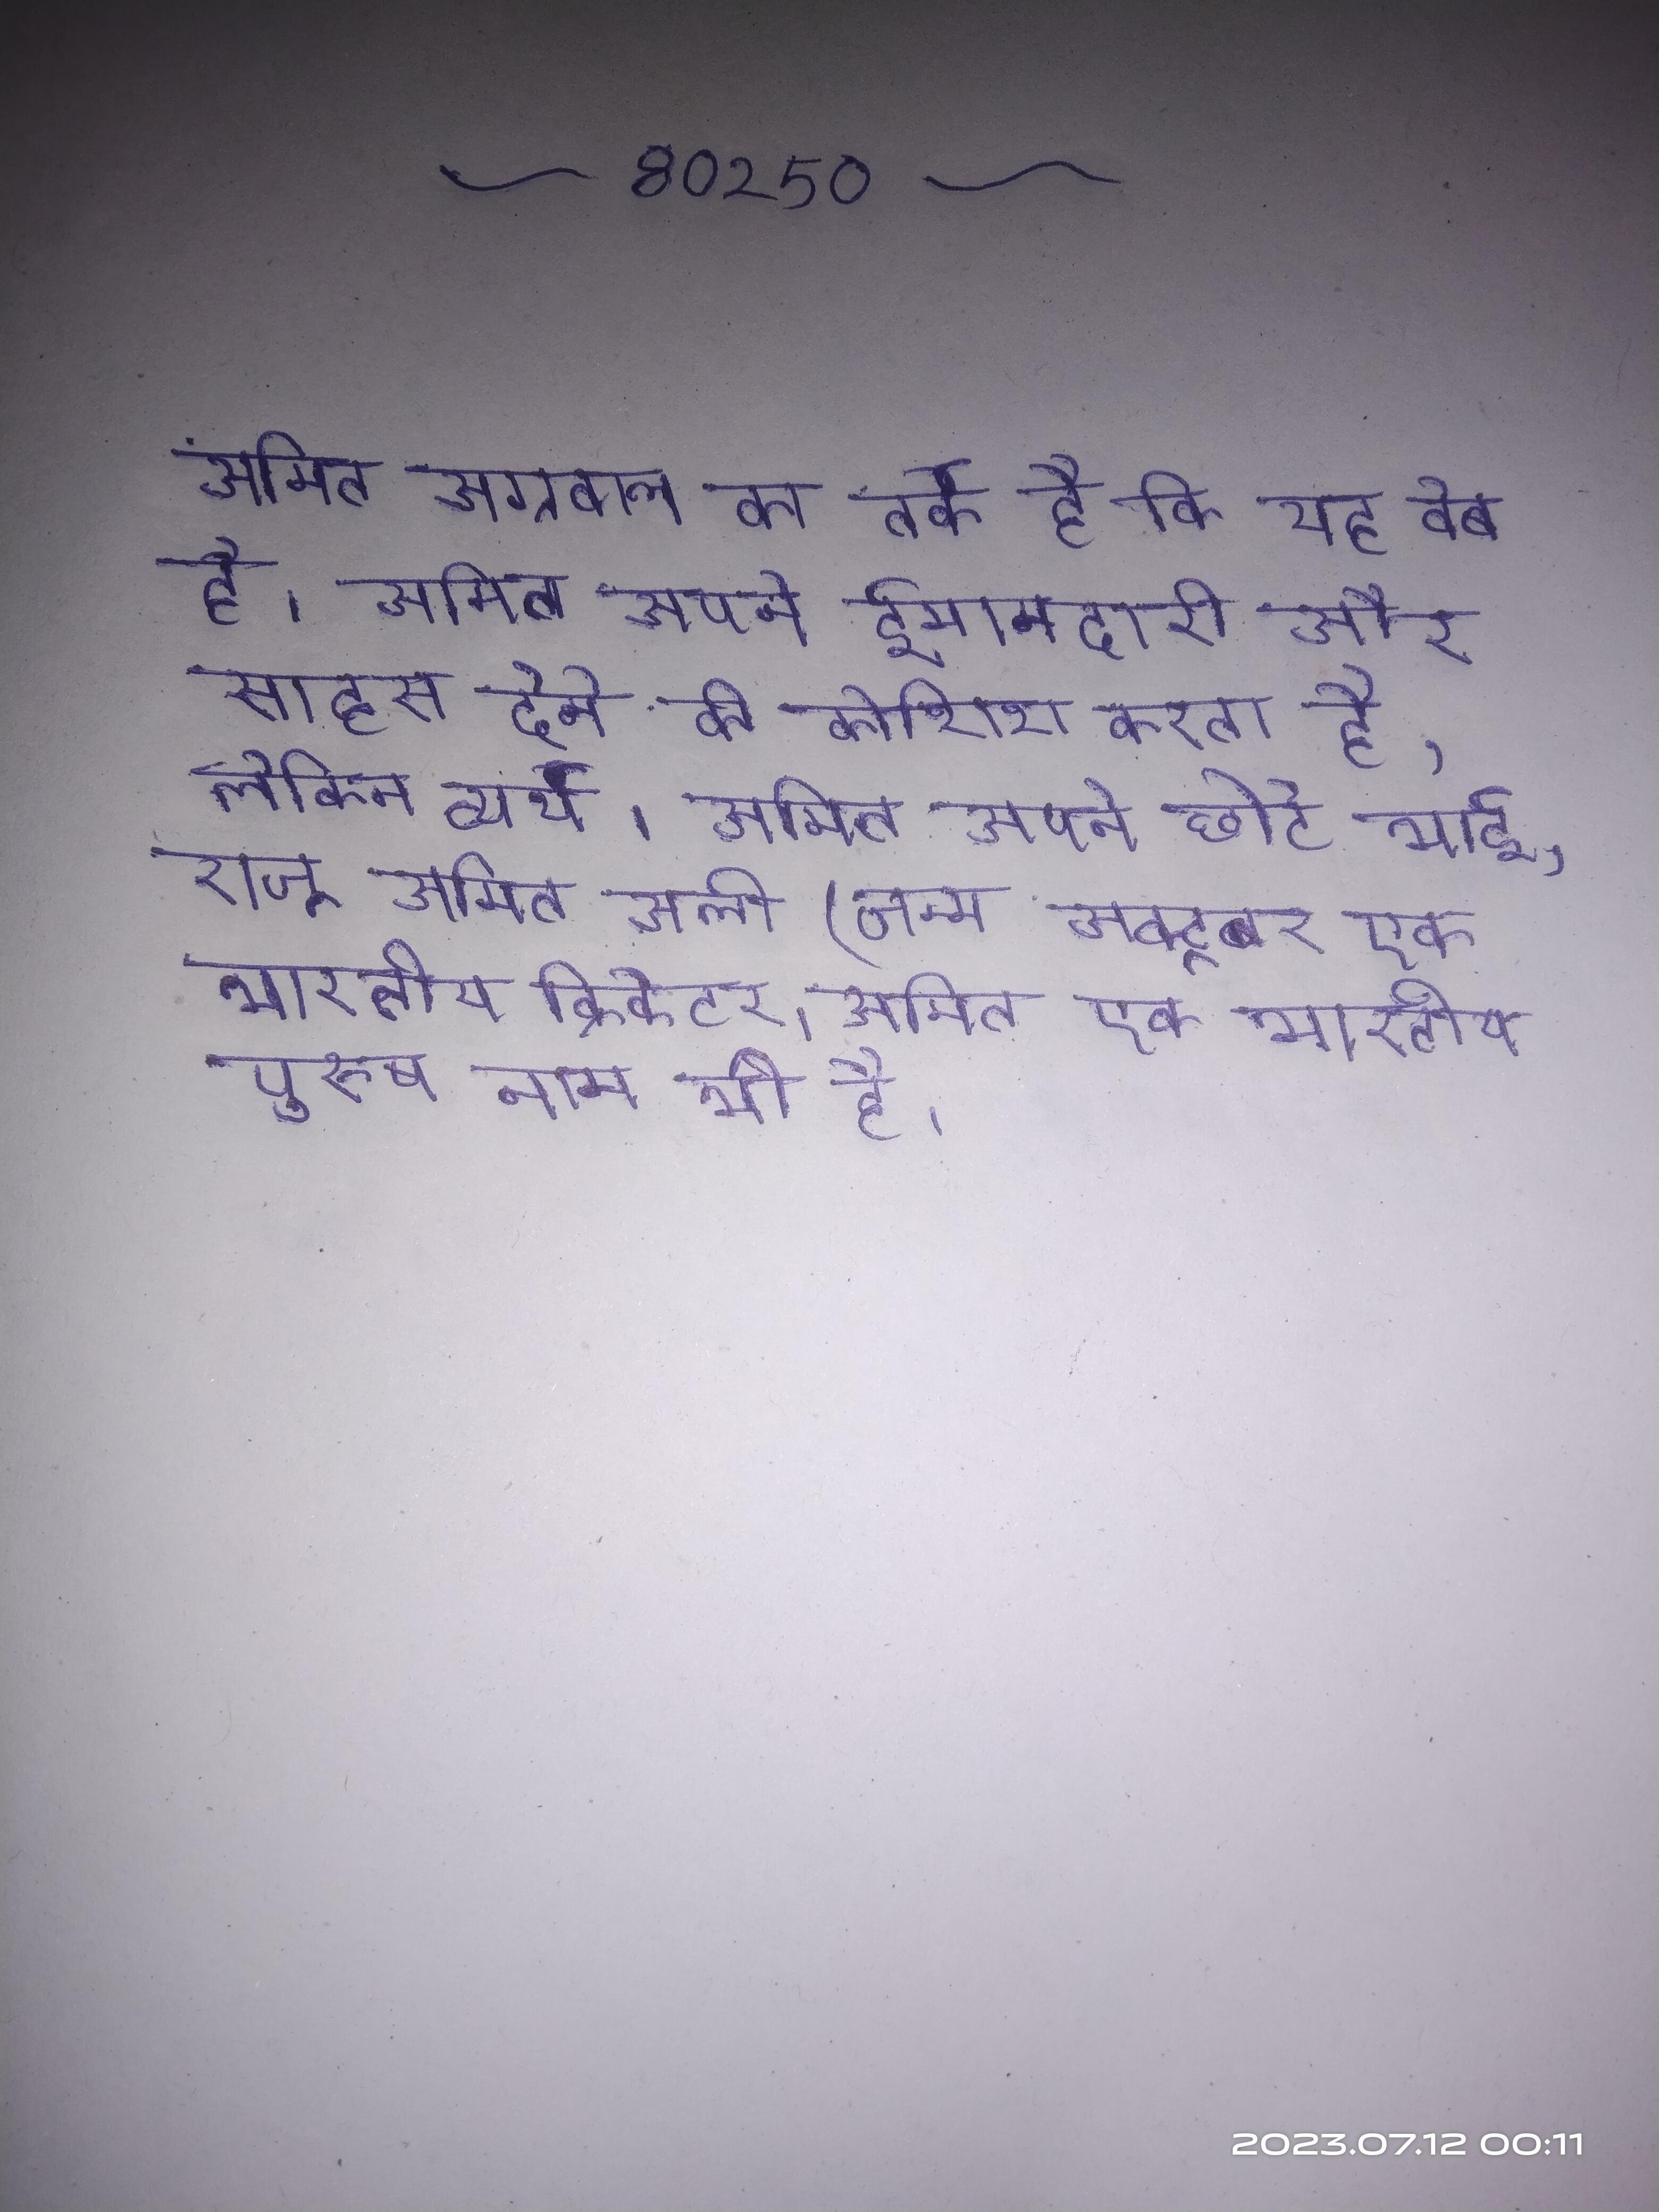
अमित अग्रवाल का तर्क है कि यह वेब है । अमित अपने ईमानदारी और साहस देने की कोशिश करता है, लेकिन व्यर्थ । अमित अपने छोटे भाई, राजू अमित अली (जन्म अक्टूबर एक भारतीय क्रिकेटर । अमित एक भारतीय पुरुष नाम भी है ।